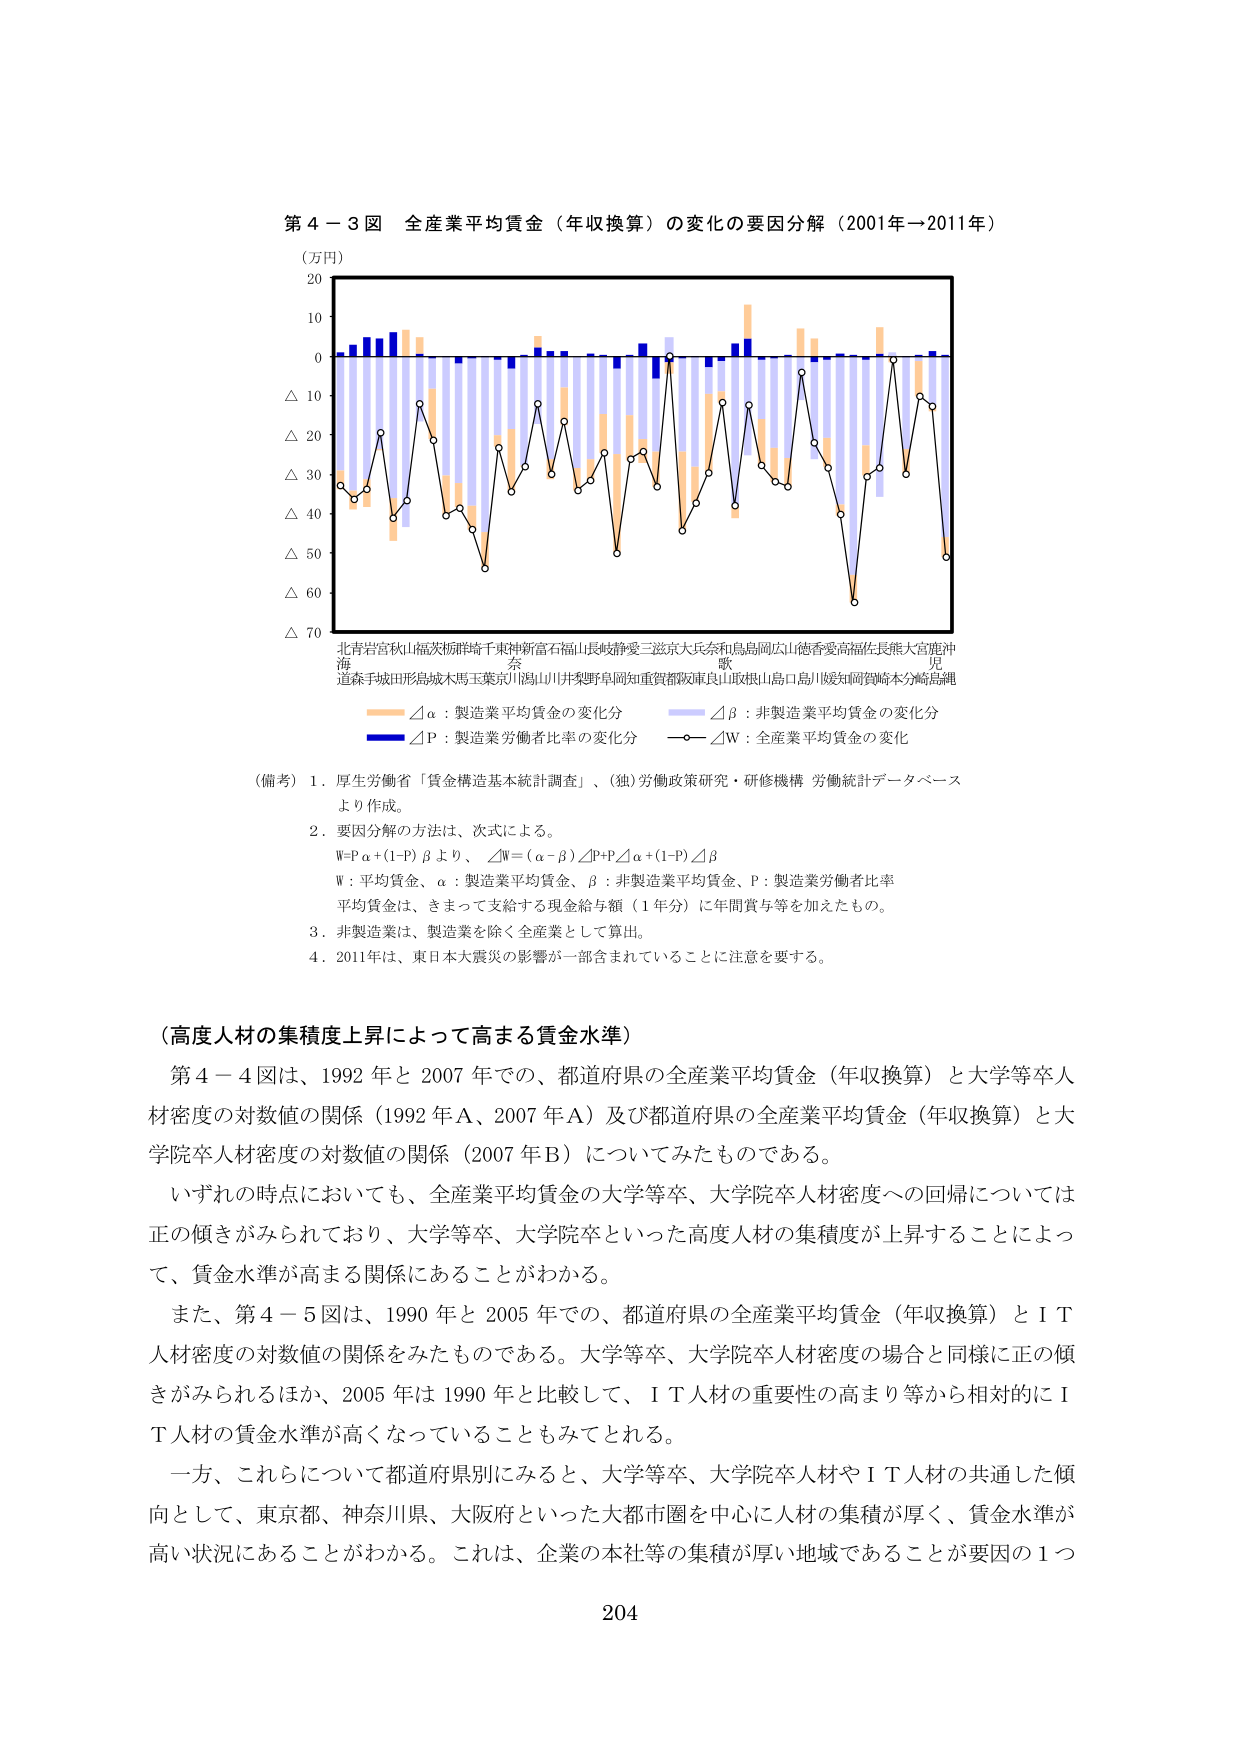
第４－３図　全産業平均賃金（年収換算）の変化の要因分解（2001年→2011年）

（万円）
20
10
0
△10
△20
△30
△40
△50
△60
△70

北海道　岩手　宮城　秋田　山形　福島　茨城　栃木　群馬　埼玉　千葉　東京　神奈川　新潟　富山　石川　福井　長野　岐阜　静岡　愛知　三重　滋賀　京都　大阪　兵庫　奈良　和歌山　鳥取　島根　岡山　広島　山口　徳島　香川　愛媛　高知　福岡　佐賀　長崎　熊本　大分　宮崎　鹿児島　沖縄

（備考）1．厚生労働省「賃金構造基本統計調査」、（独）労働政策研究・研修機構　労働統計データベースより作成。

2．要因分解の方法は、次式による。
W=Pα+(1-P)β　より、　⊿W=(α-β)⊿P+P⊿α+(1-P)⊿β
W：平均賃金、α：製造業平均賃金、β：非製造業平均賃金、P：製造業労働者比率
平均賃金は、きまって支給する現金給与額（1年分）に年間賞与等を加えたもの。

3．非製造業は、製造業を除く全産業として算出。

4．2011年は、東日本大震災の影響が一部含まれていることに注意を要する。

（高度人材の集積度上昇によって高まる賃金水準）

第４－４図は、1992年と2007年での、都道府県の全産業平均賃金（年収換算）と大学等卒人材密度の対数値の関係（1992年A、2007年A）及び都道府県の全産業平均賃金（年収換算）と大学院卒人材密度の対数値の関係（2007年B）についてみたものである。

いずれの時点においても、全産業平均賃金の大学等卒、大学院卒人材密度への回帰については正の傾きがみられており、大学等卒、大学院卒といった高度人材の集積度が上昇することによって、賃金水準が高まる関係にあることがわかる。

また、第４－５図は、1990年と2005年での、都道府県の全産業平均賃金（年収換算）とＩＴ人材密度の対数値の関係をみたものである。大学等卒、大学院卒人材密度の場合と同様に正の傾きがみられるほか、2005年は1990年と比較して、ＩＴ人材の重要性の高まり等から相対的にＩＴ人材の賃金水準が高くなっていることもみてとれる。

一方、これらについて都道府県別にみると、大学等卒、大学院卒人材やＩＴ人材の共通した傾向として、東京都、神奈川県、大阪府といった大都市圏を中心に人材の集積が厚く、賃金水準が高い状況にあることがわかる。これは、企業の本社等の集積が厚い地域であることが要因の１つ

204